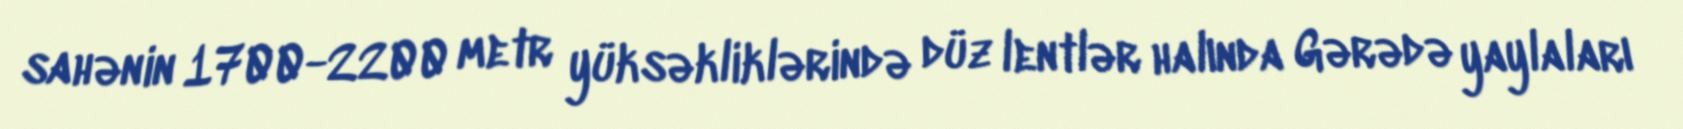
sahənin 1700-2200 metr yüksəkliklərində düz lentlər halında Gərədə yaylaları